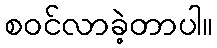
စဝင်လာခဲ့တာပါ။